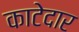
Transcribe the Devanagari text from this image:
काटेदार